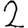
Digit: 2